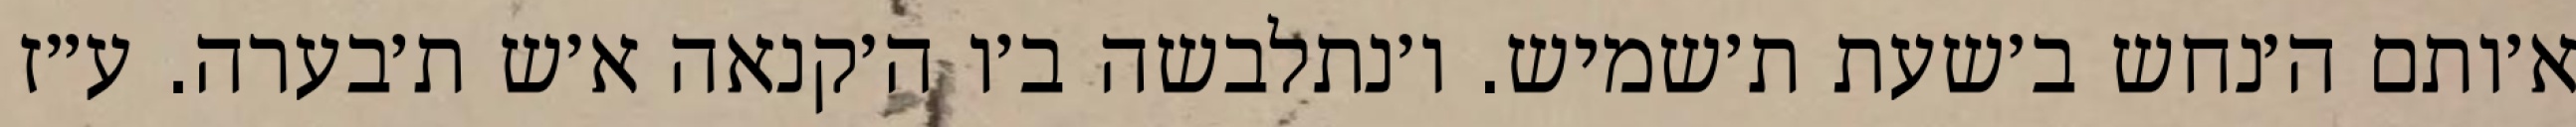
א׳ותם ה׳נחש ב׳שעת ת׳שמיש. ו׳נתלבשה ב׳ו ה׳קנאה א׳ש ת׳בערה. ע״ז